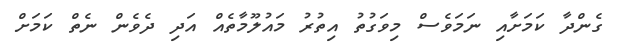
ގެންދާ ކަމަށާއި ނަމަވެސް މިވަގުތު އިތުރު މައުލޫމާތެއް އަދި ދެވެން ނެތް ކަމަށް